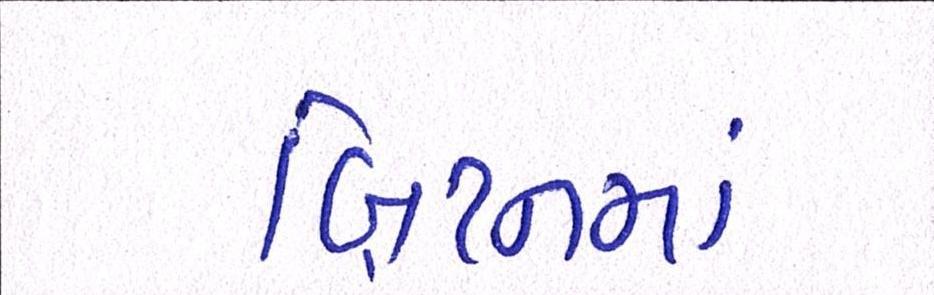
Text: બ્રિટનમાં